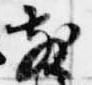
散